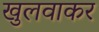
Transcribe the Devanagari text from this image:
खुलवाकर